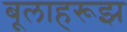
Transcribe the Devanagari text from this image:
बूलाहरूझ